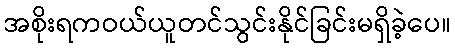
အစိုးရကဝယ်ယူတင်သွင်းနိုင်ခြင်းမရှိခဲ့ပေ။